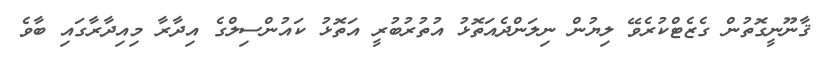
ޤާނޫނީގޮތުން ގެޒެޓްކުރެވޭ ލިޔުން ނިލަންދެއަތޮޅު އުތުރުބުރީ އަތޮޅު ކައުންސިލްގެ އިދާރާ މިއިދާރާގައި ބާވެ